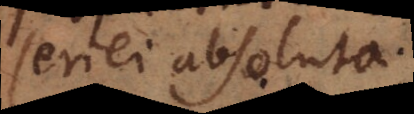
seriei absoluta.